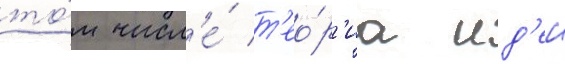
то́м числ'е́ т'ео́р'иа ид'еи